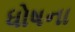
ધોષના